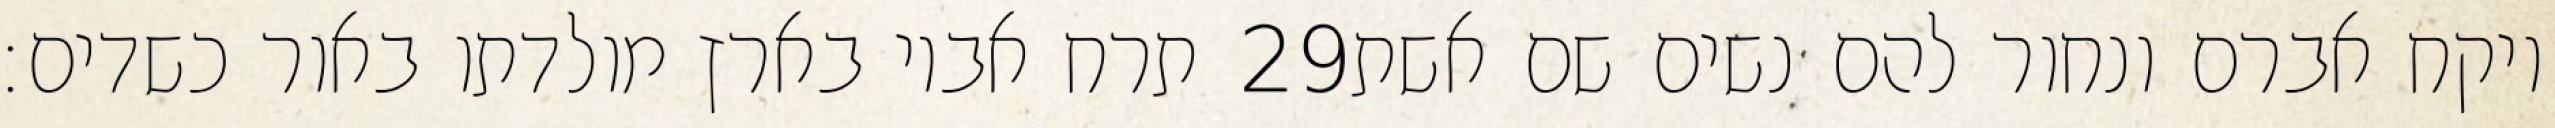
תרח אביו בארץ מולדתו באור כשדים׃ ‎29‏ ויקח אברם ונחור להם נשים שם אשת